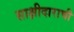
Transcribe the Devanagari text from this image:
साक्षीदाराची